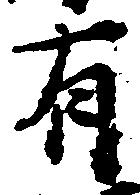
有